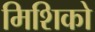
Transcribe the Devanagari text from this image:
मिशिको